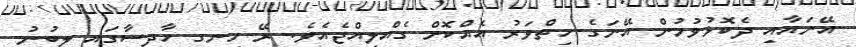
އޭނައާއި ދެކޮޅުވުމުން އޭނަގެ ހިތްވަރު އެއްކޮށް ގެއްލިއްޖެއެވެ. ރޭ ހިނގި ހާދިސާގައި ލިބުނު